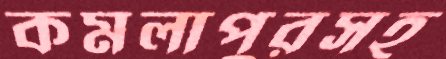
কমলাপুরসহ